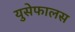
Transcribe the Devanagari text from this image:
युसेफालस